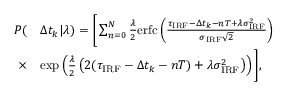
\begin{array} { r l } { P ( } & { \Delta t _ { k } | \lambda ) = \Bigg [ \sum _ { n = 0 } ^ { N } \frac { \lambda } { 2 } \mathrm { e r f c } \left( \frac { \tau _ { \mathrm { I R F } } - \Delta t _ { k } - n T + \lambda \sigma _ { \mathrm { I R F } } ^ { 2 } } { \sigma _ { \mathrm { I R F } } \sqrt { 2 } } \right) } \\ { \times } & { \exp \left( \frac { \lambda } { 2 } \left( 2 ( \tau _ { \mathrm { I R F } } - \Delta t _ { k } - n T ) + \lambda \sigma _ { \mathrm { I R F } } ^ { 2 } \right) \right) \Bigg ] , } \end{array}